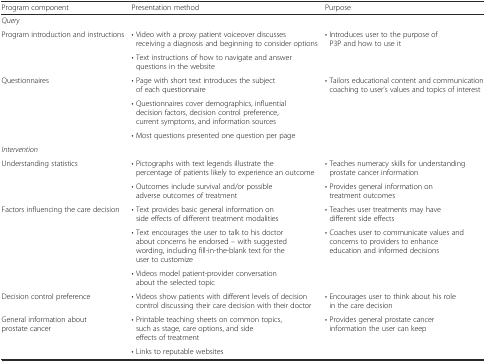
| Program component | Presentation method | Purpose |
 | --- | --- | --- |
 | <COLSPAN=3> Query |
 | <ROWSPAN=2> Program introduction and instructions | • Video with a proxy patient voiceover discusses receiving a diagnosis and beginning to consider options | <ROWSPAN=2> • Introduces user to the purpose of P3P and how to use it |
 | • Text instructions of how to navigate and answer questions in the website |
 | <ROWSPAN=3> Questionnaires | • Page with short text introduces the subject of each questionnaire | <ROWSPAN=3> • Tailors educational content and communication coaching to user’s values and topics of interest |
 | • Questionnaires cover demographics, influential decision factors, decision control preference, current symptoms, and information sources |
 | • Most questions presented one question per page |
 | <COLSPAN=3> Intervention |
 | <ROWSPAN=2> Understanding statistics | • Pictographs with text legends illustrate the percentage of patients likely to experience an outcome | • Teaches numeracy skills for understanding prostate cancer information |
 | • Outcomes include survival and/or possible adverse outcomes of treatment | • Provides general information on treatment outcomes |
 | <ROWSPAN=3> Factors influencing the care decision | • Text provides basic general information on side effects of different treatment modalities | • Teaches user treatments may have different side effects |
 | • Text encourages the user to talk to his doctor about concerns he endorsed – with suggested wording, including fill-in-the-blank text for the user to customize | <ROWSPAN=2> • Coaches user to communicate values and concerns to providers to enhance education and informed decisions |
 | • Videos model patient-provider conversation about the selected topic |
 | Decision control preference | • Videos show patients with different levels of decision control discussing their care decision with their doctor | • Encourages user to think about his role in the care decision |
 | <ROWSPAN=2> General information about prostate cancer | • Printable teaching sheets on common topics, such as stage, care options, and side effects of treatment | <ROWSPAN=2> • Provides general prostate cancer information the user can keep |
 | • Links to reputable websites |